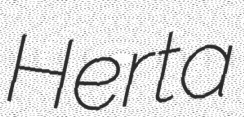
Herta